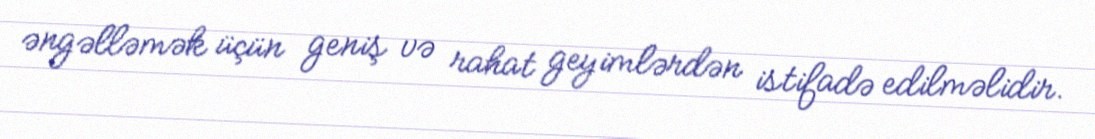
əngəlləmək üçün geniş və rahat geyimlərdən istifadə edilməlidir.